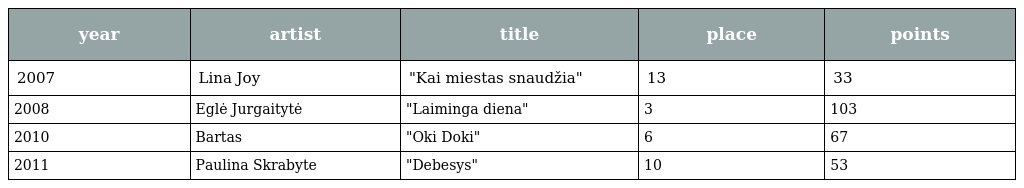
| year | artist | title | place | points |
 | --- | --- | --- | --- | --- |
 | 2007 | Lina Joy | "Kai miestas snaudžia" | 13 | 33 |
 | 2008 | Eglė Jurgaitytė | "Laiminga diena" | 3 | 103 |
 | 2010 | Bartas | "Oki Doki" | 6 | 67 |
 | 2011 | Paulina Skrabyte | "Debesys" | 10 | 53 |